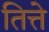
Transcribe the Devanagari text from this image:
तित्ते